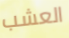
العشب